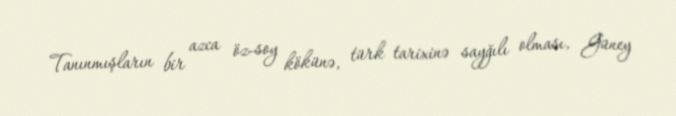
Tanınmışların bir azca öz-soy kökünə, türk tarixinə sayğılı olması, Güney